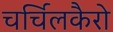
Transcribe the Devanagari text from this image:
चर्चिलकैरो